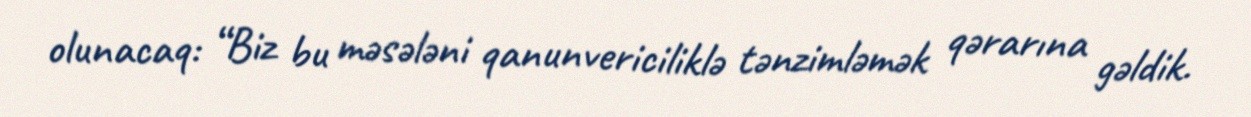
olunacaq: “Biz bu məsələni qanunvericiliklə tənzimləmək qərarına gəldik.